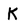
Character: K